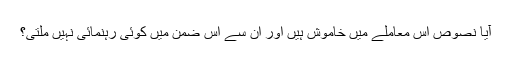
آیا نصوص اس معاملے میں خاموش ہیں اور ان سے اس ضمن میں کوئی رہنمائی نہیں ملتی؟